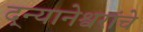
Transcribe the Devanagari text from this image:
द्न्यानेश्वरांचे